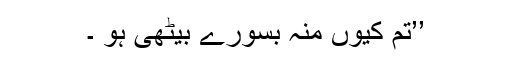
’’تم کیوں منہ بسورے بیٹھی ہو ۔